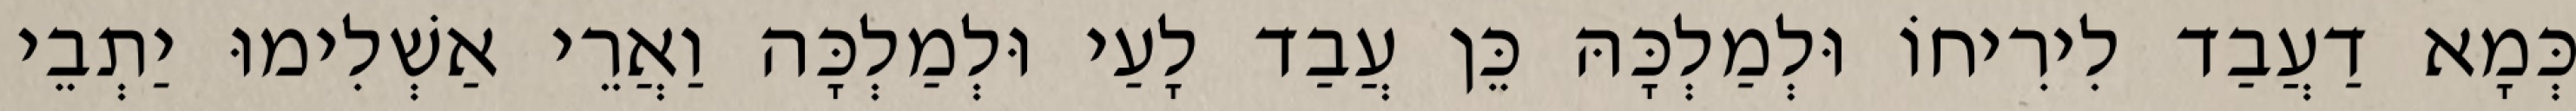
כְּמָא דַעֲבַד לִירִיחוֹ וּלְמַלְכָּהּ כֵּן עֲבַד לָעַי וּלְמַלְכָּה וַאֲרֵי אַשְׁלִימוּ יַתְבֵי